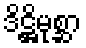
ဒိဋ္ဌိမုစ္ဆာ